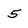
Character: 5